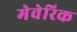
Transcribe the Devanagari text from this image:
मेवेरिक